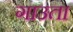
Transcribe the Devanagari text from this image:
गाउता